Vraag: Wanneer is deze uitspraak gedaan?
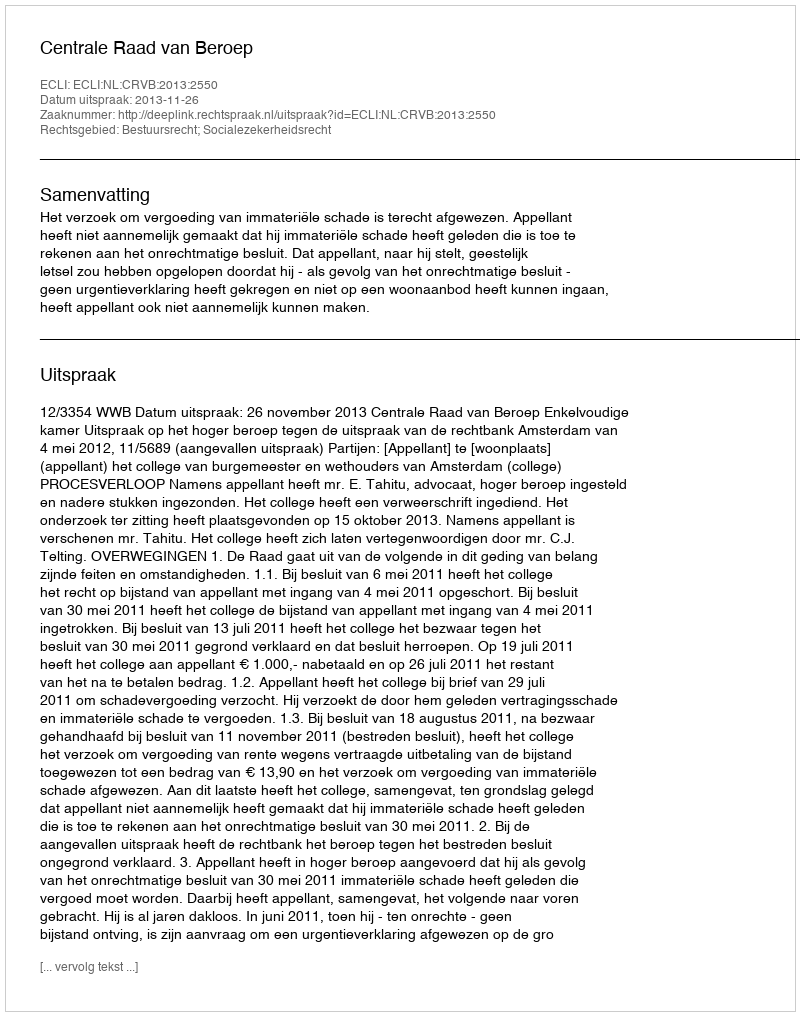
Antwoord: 2013-11-26